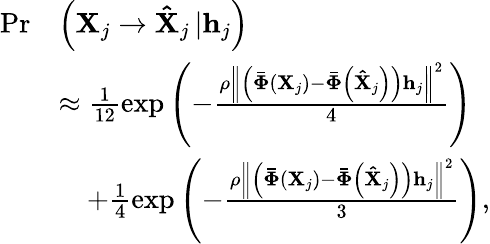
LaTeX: \begin{array}{rl}{\operatorname*{Pr}}&{\left({{{\mathbf{X}}_{j}}\to{{{\mathbf{\hat{X}}}}_{j}}\left|{{{\mathbf{h}}_{j}}}\right.}\right)}\\ &{\approx\frac{1}{{12}}\exp\left({-\frac{{\rho{{\left\| {\left({{\mathbf{\bar{\Phi}}}\left({{{\mathbf{X}}_{j}}}\right)-{\mathbf{\bar{\Phi}}}\left({{{{\mathbf{\hat{X}}}}_{j}}}\right)}\right){{\mathbf{h}}_{j}}}\right\| }^{2}}}}{4}}\right)}\\ &{\quad+\frac{1}{4}\exp\left({-\frac{{\rho{{\left\| {\left({{\mathbf{\bar{\Phi}}}\left({{{\mathbf{X}}_{j}}}\right)-{\mathbf{\bar{\Phi}}}\left({{{{\mathbf{\hat{X}}}}_{j}}}\right)}\right){{\mathbf{h}}_{j}}}\right\| }^{2}}}}{3}}\right),}\end{array}